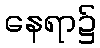
နေရာ၌